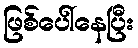
ဖြစ်ပေါ်နေပြီး